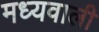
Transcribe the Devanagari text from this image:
मध्यवाली